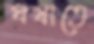
ঘষাতে